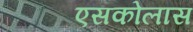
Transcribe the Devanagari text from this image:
एसकोलास